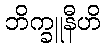
ဘိက္ခူနီဟိ